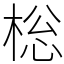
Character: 棇